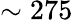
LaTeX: \sim 275